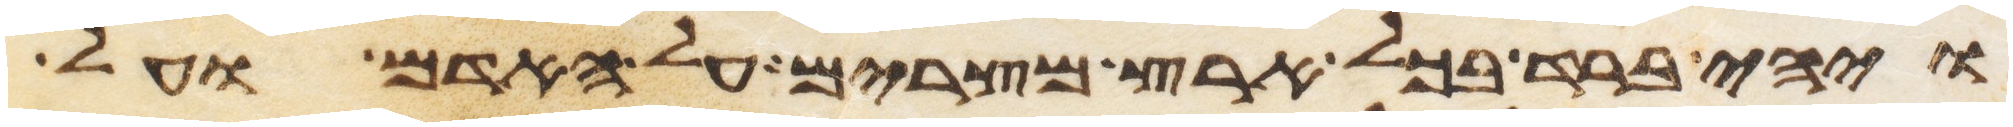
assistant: ויהי ברד בכל ארץ מצרים על האדם ועל